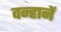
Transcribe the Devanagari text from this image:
वन्हानें